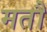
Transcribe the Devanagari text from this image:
मतौ